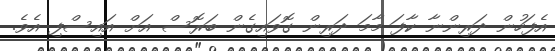
އެފަހުން ދަރިންނާ ކާފަ މާމަ ދަރިން ގޮވައިގެން ބަރޮސް އަށް އައިސްފި އެވެ.